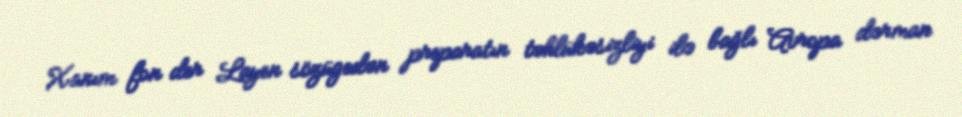
Xanım fon der Layen sözügedən preparatın təhlükəsizliyi ilə bağlı Avropa dərman